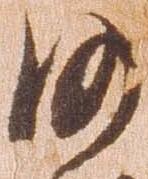
沙